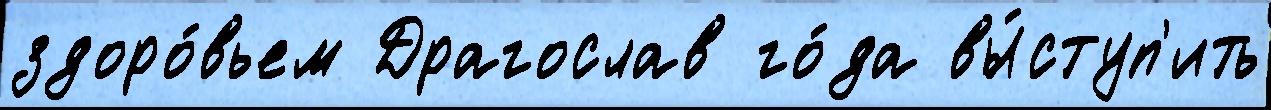
здоро́вьем Драгослав го́да вы́ступ'ить